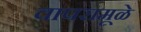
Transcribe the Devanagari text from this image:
वापरामूळे